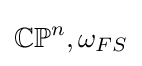
\mathbb {CP} ^{n},\omega _{FS}